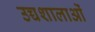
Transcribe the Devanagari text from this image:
उच्चशालाओं